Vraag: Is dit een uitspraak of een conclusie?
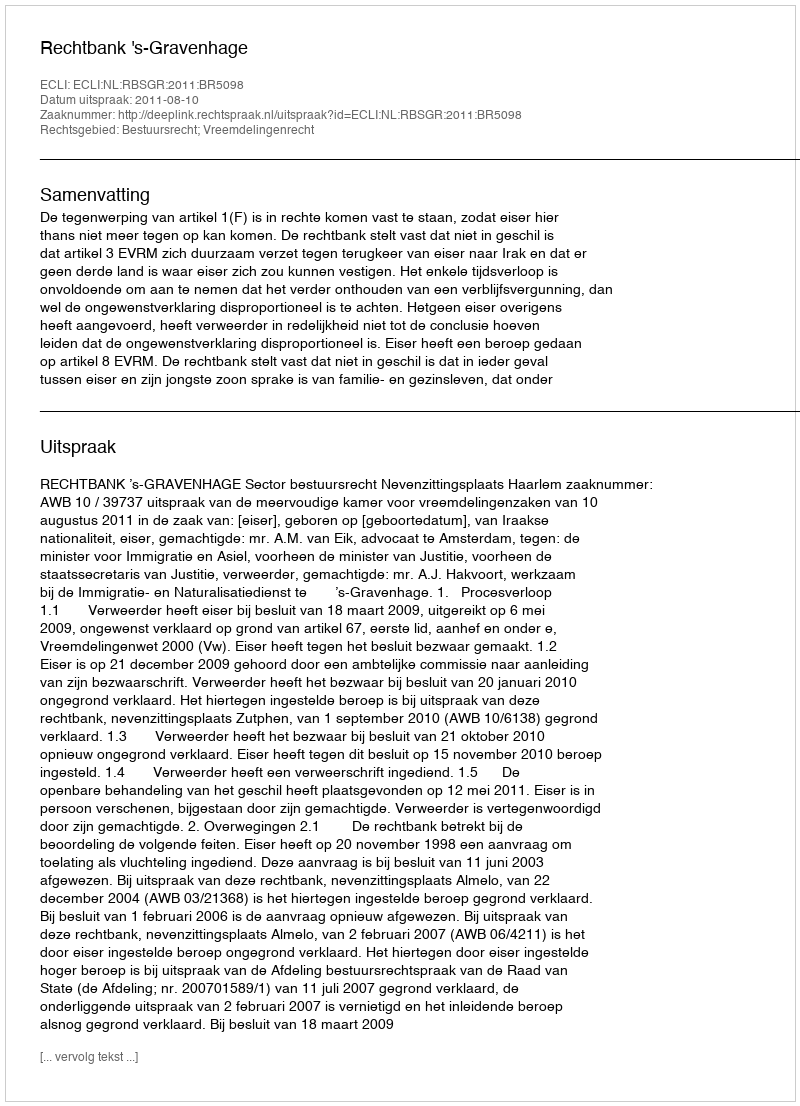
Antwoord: Uitspraak